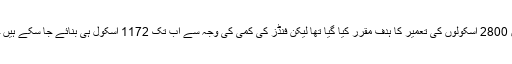
ان کا کہنا تھا کہ متاثرہ علاقوں میں 2800 اسکولوں کی تعمیر کا ہدف مقرر کیا گیا تھا لیکن فنڈز کی کمی کی وجہ سے اب تک 1172 اسکول ہی بنائے جا سکے ہیں جب کہ نو سو کی تعمیر جاری ہے۔